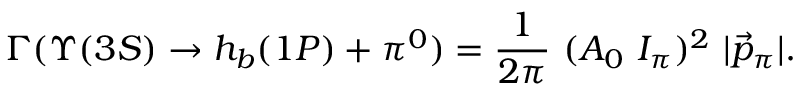
\Gamma ( \Upsilon ( 3 S ) \rightarrow h _ { b } ( 1 P ) + \pi ^ { 0 } ) = { \frac { 1 } { 2 \pi } } ~ ( A _ { 0 } \ I _ { \pi } ) ^ { 2 } { } ~ | \vec { p } _ { \pi } | .